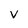
Character: v